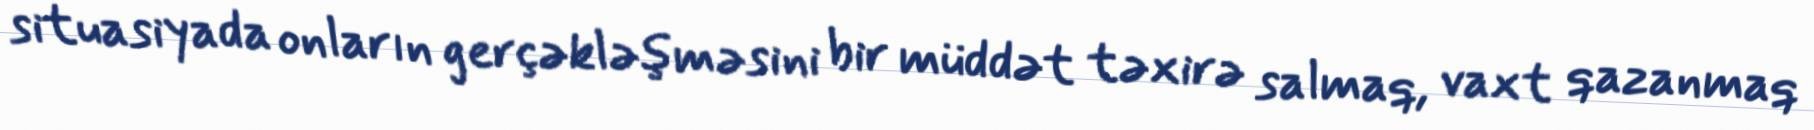
situasiyada onların gerçəkləşməsini bir müddət təxirə salmaq, vaxt qazanmaq